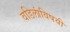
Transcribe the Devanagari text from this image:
वडिलांविषयी